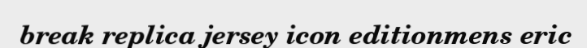
break replica jersey icon editionmens eric